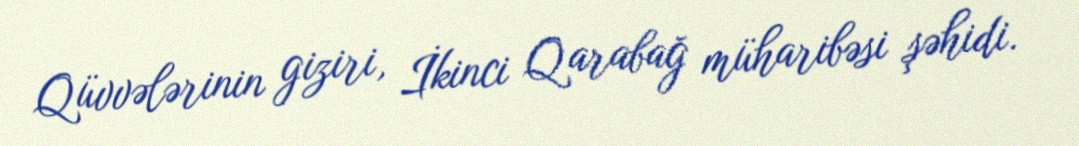
Qüvvələrinin giziri, İkinci Qarabağ müharibəsi şəhidi.